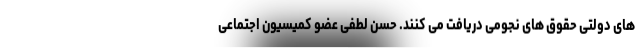
های دولتی حقوق های نجومی دریافت می کنند. حسن لطفی عضو کمیسیون اجتماعی